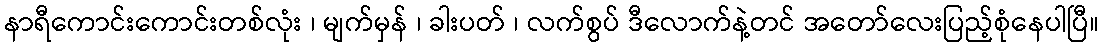
နာရီကောင်းကောင်းတစ်လုံး ၊ မျက်မှန် ၊ ခါးပတ် ၊ လက်စွပ် ဒီလောက်နဲ့တင် အတော်လေးပြည့်စုံနေပါပြီ။